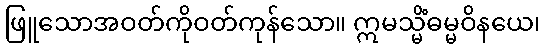
ဖြူသောအဝတ်ကိုဝတ်ကုန်သော။ ဣမသ္မိံဓမ္မဝိနယေ၊